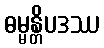
ဓမ္မန္တိပဒဿ